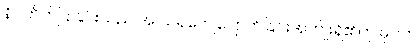
နိဂ္ဂဟိတ်ပြုခြင်းသည် အ သရကျေပျောက်ခြင်းအကျိုးရှိ၏ဟု မှတ်။